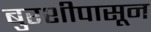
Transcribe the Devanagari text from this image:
बुरशीपासून